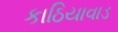
કાઠિયાવાડ